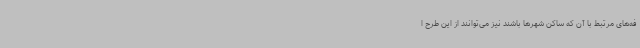
فه‌های مرتبط با آن که ساکن شهرها باشند نیز می‌توانند از این طرح ا